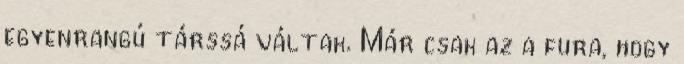
egyenrangú társsá váltak. Már csak az a fura, hogy